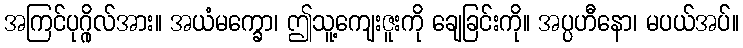
အကြင်ပုဂ္ဂိုလ်အား။ အယံမက္ခော၊ ဤသူ့ကျေးဇူးကို ချေခြင်းကို။ အပ္ပဟီနော၊ မပယ်အပ်။